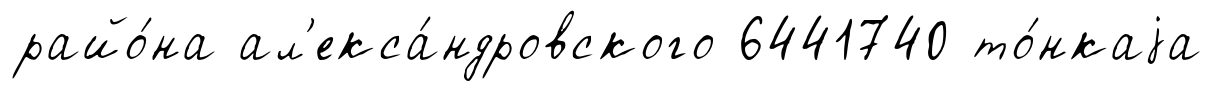
райо́на ал'екса́ндровского 6441740 то́нкаjа